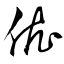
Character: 依